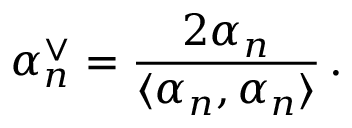
\alpha _ { n } ^ { \vee } = \frac { 2 \alpha _ { n } } { \langle \alpha _ { n } , \alpha _ { n } \rangle } \, .